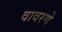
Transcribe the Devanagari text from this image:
वावरणे